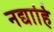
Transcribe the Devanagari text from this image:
नद्याहि